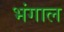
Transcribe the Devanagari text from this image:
भंगाल